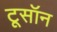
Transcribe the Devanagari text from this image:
टूसॉन